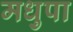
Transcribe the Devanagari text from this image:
मधुपा